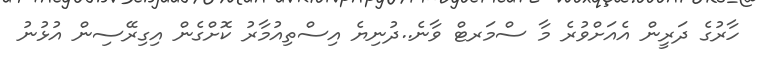
ހާރުގެ ދަރީން އެއަށްވުރެ މާ ސްމަރޓް ވާނެ..ދުނިޔެ އިސްތިއުމާރު ކޮށްގެން އިގިރޭސިން އުޅުނު